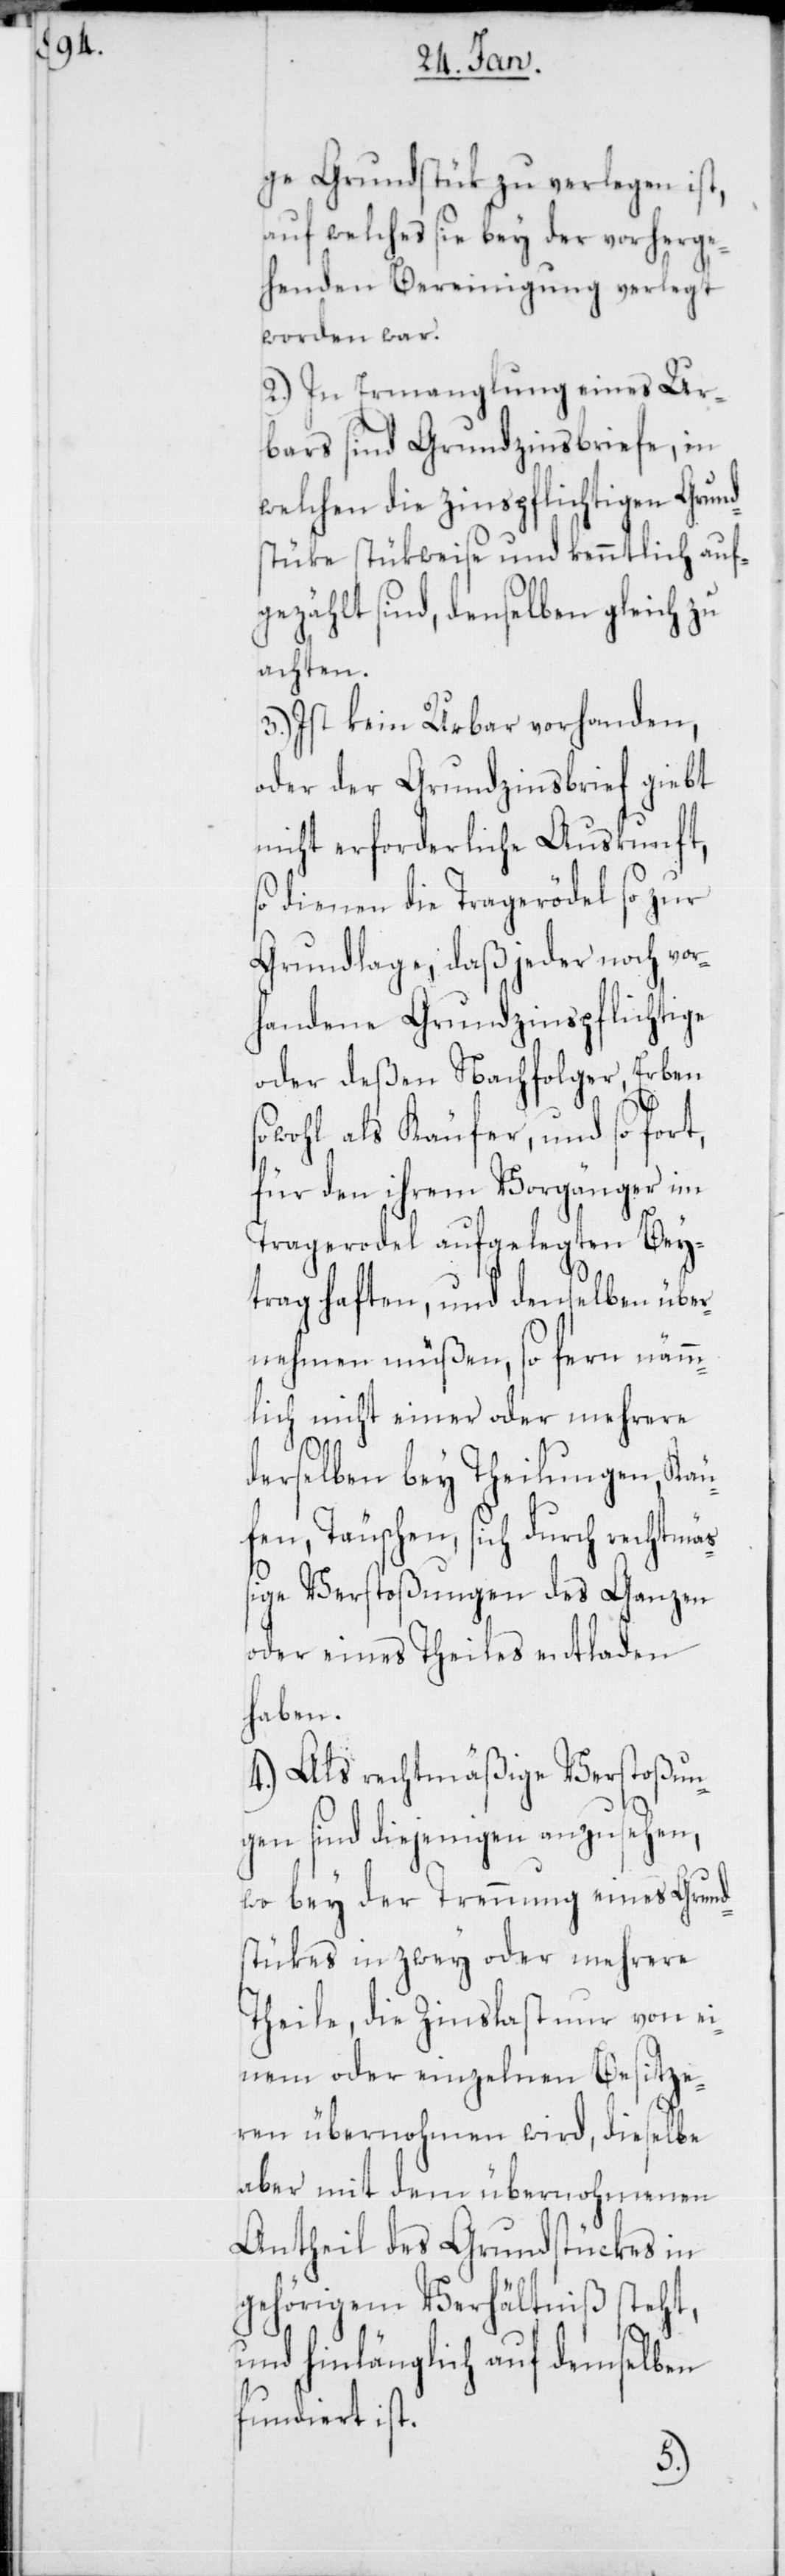
ge Grundstük zu verlegen ist,
auf welches sie bey der vorherge¬
henden Bereinigung verlegt
worden war.
2.) In Ermanglung eines Ur¬
bars sind Grundzinsbriefe, in
welchen die zinspflichtigen Grund¬
stüke stükweise und kenntlich auf¬
gezählt sind, denselben gleich zu
achten.
3.) Ist kein Urbar vorhanden,
oder der Grundzinsbrief giebt
nicht erforderliche Auskunft,
so dienen die Tragerödel so zur
Grundlage, daß jeder noch vor¬
handene Grundzinspflichtige
oder deßen Nachfolger, Erben
sowohl als Käufer, und so fort,
für den ihrem Vorgänger im
Tragerodel aufgelegten Bey¬
trag haften, und denselben über¬
nehmen müßen, so fern nämm¬
lich nicht einer oder mehrere
derselben bey Theilungen, Käu¬
fen, Täuschen, sich durch rechtmä¬
ßige Verstoßungen des Ganzen
oder eines Theiles entladen
haben.
4.) Als rechtmäßige Verstoßun¬
gen sind diejenigen anzusehen,
wo bey der Trennung eines Grund¬
stükes in zwey oder mehrere
Theile, die Zinslast nur von ei¬
nem oder einzelnen Besitze¬
ren übernohmen wird, dieselbe
aber mit dem übernohmenen
Antheil des Grundstückes in
gehörigem Verhältniß steht,
und hinlänglich auf demselben
fundiert ist.